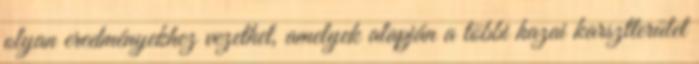
olyan eredményekhez vezethet, amelyek alapján a többi hazai karsztterület